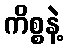
ကိစ္စနဲ့